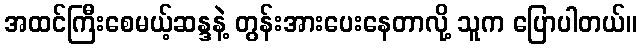
အထင်ကြီးစေမယ့်ဆန္ဒနဲ့ တွန်းအားပေးနေတာလို့ သူက ပြောပါတယ်။